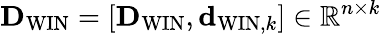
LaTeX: {\mathbf D}_{\mathrm{WIN}}=\left[{\mathbf D}_{\mathrm{WIN}},{\mathbf d}_{\mathrm{WIN},k}\right]\in\mathbb{R}^{n\times k}